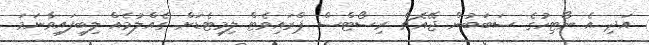
އަދި އެ ނޯޓިހުގެ ސަބަބުން ޖޭއެޗް ރިސޯޓްސް ޕްރައިވެޓް ލިމިޓެޑަށް ގެއްލުމެއް ލިބިފައިވާނަމަ